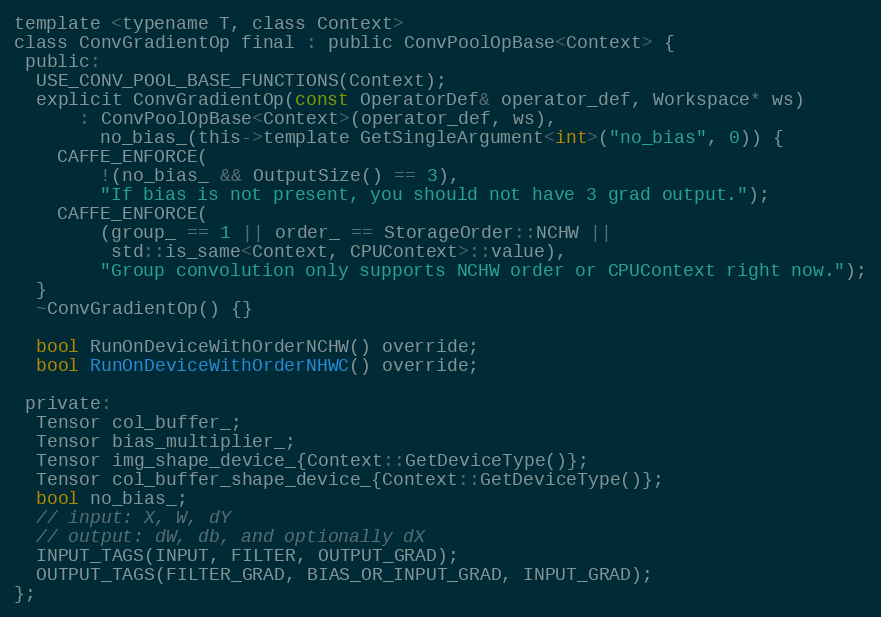
Language: C
template <typename T, class Context>
class ConvGradientOp final : public ConvPoolOpBase<Context> {
 public:
  USE_CONV_POOL_BASE_FUNCTIONS(Context);
  explicit ConvGradientOp(const OperatorDef& operator_def, Workspace* ws)
      : ConvPoolOpBase<Context>(operator_def, ws),
        no_bias_(this->template GetSingleArgument<int>("no_bias", 0)) {
    CAFFE_ENFORCE(
        !(no_bias_ && OutputSize() == 3),
        "If bias is not present, you should not have 3 grad output.");
    CAFFE_ENFORCE(
        (group_ == 1 || order_ == StorageOrder::NCHW ||
         std::is_same<Context, CPUContext>::value),
        "Group convolution only supports NCHW order or CPUContext right now.");
  }
  ~ConvGradientOp() {}

  bool RunOnDeviceWithOrderNCHW() override;
  bool RunOnDeviceWithOrderNHWC() override;

 private:
  Tensor col_buffer_;
  Tensor bias_multiplier_;
  Tensor img_shape_device_{Context::GetDeviceType()};
  Tensor col_buffer_shape_device_{Context::GetDeviceType()};
  bool no_bias_;
  // input: X, W, dY
  // output: dW, db, and optionally dX
  INPUT_TAGS(INPUT, FILTER, OUTPUT_GRAD);
  OUTPUT_TAGS(FILTER_GRAD, BIAS_OR_INPUT_GRAD, INPUT_GRAD);
};